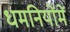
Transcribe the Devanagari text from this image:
धमनियोंमें